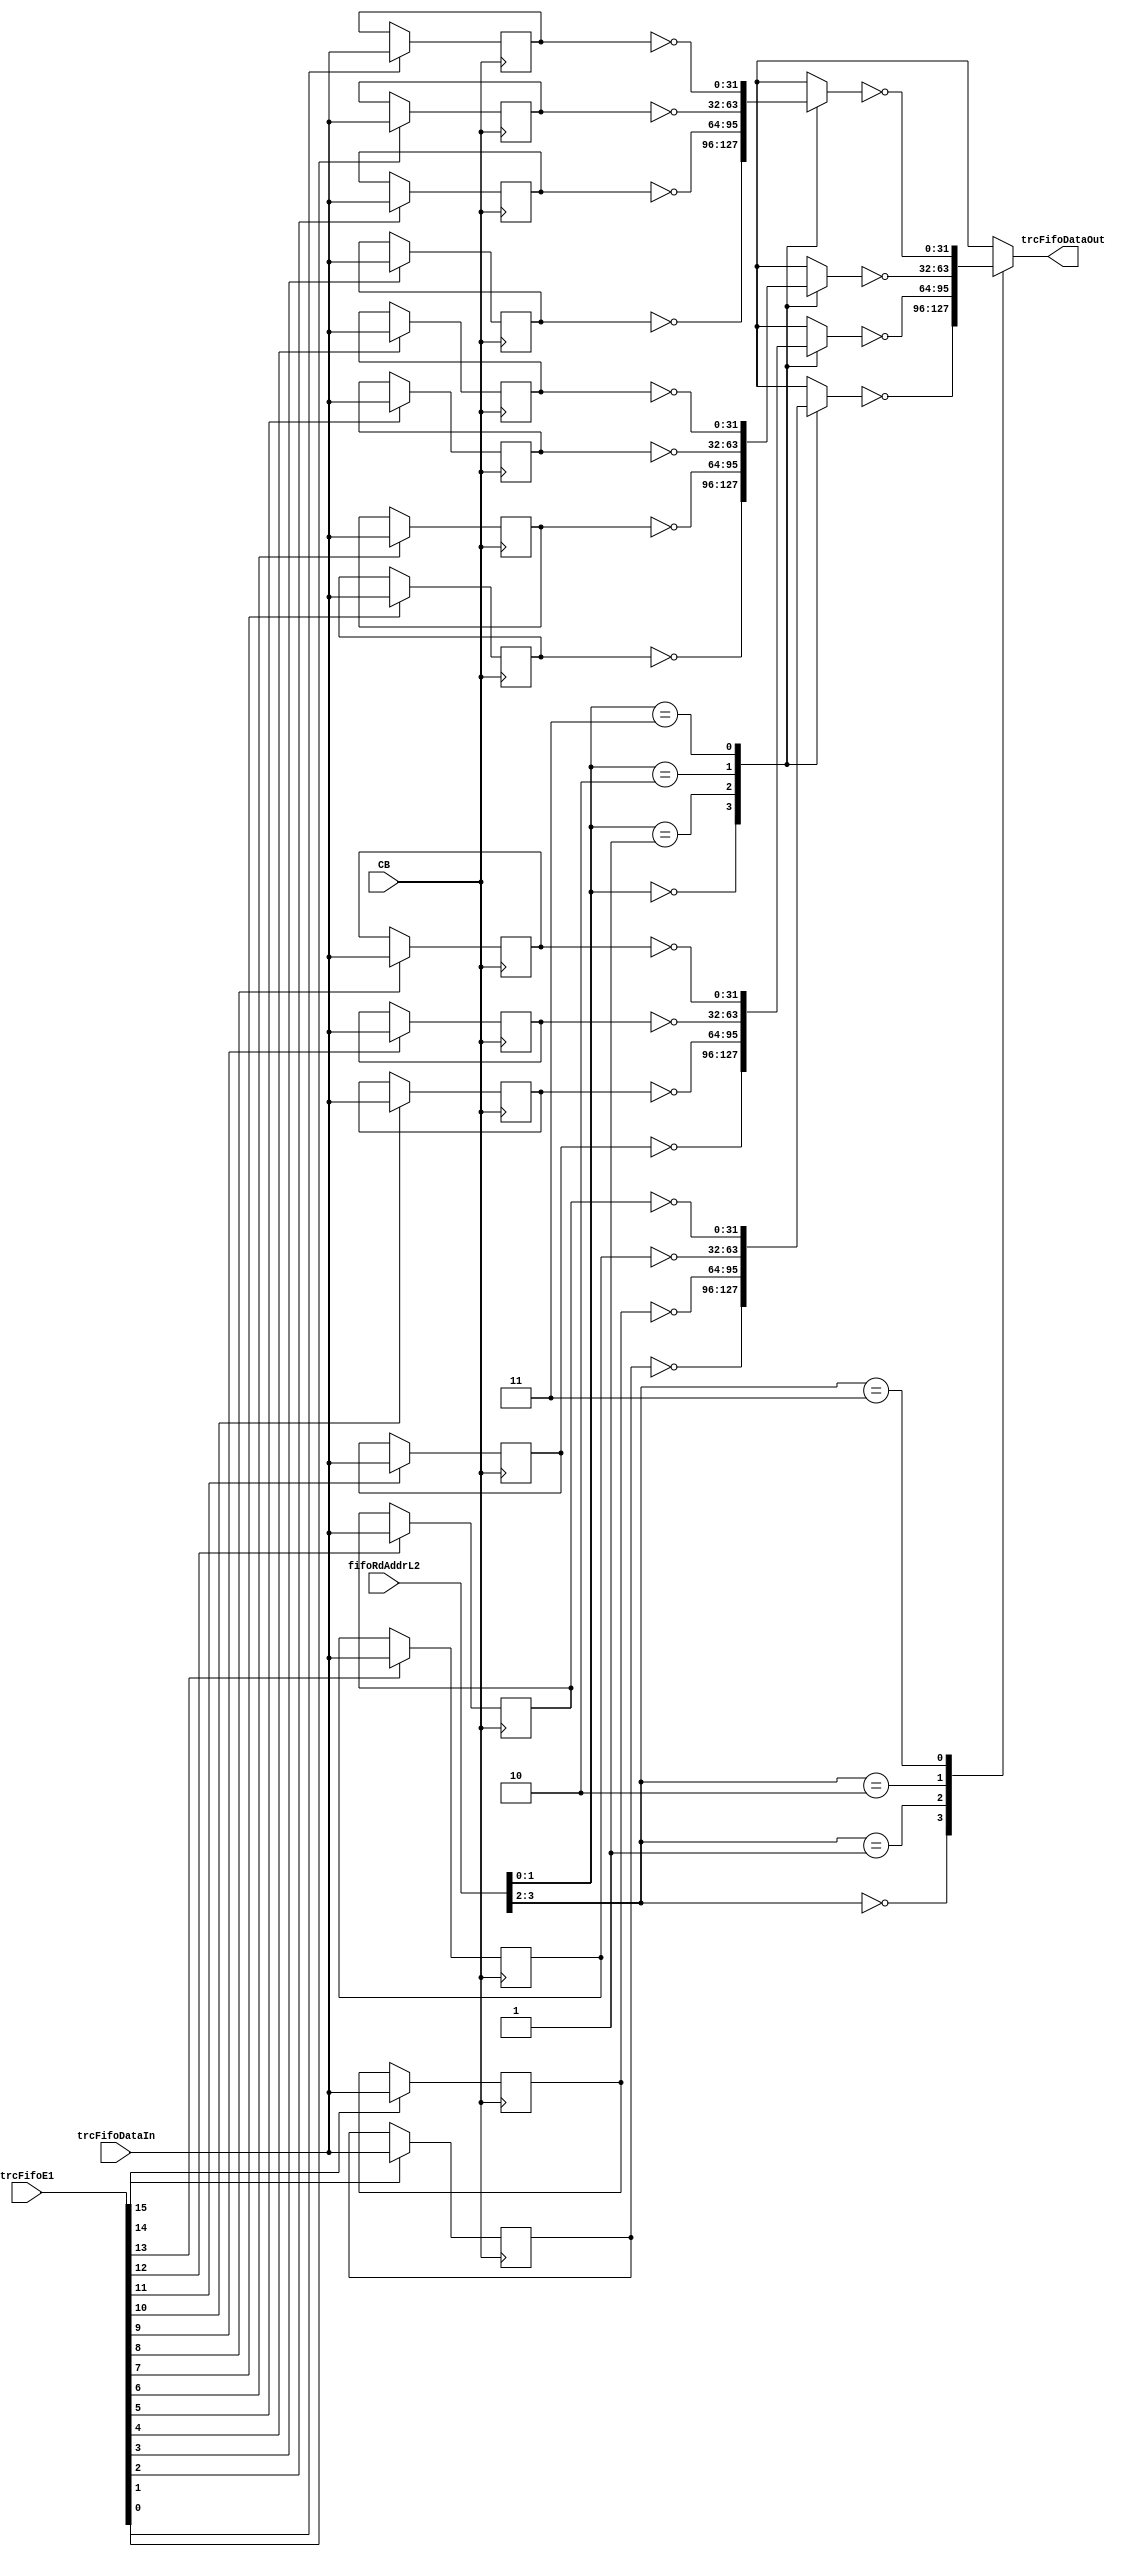
// 
// ************************************************************************** 
// 
//  Copyright (c) International Business Machines Corporation, 2005. 
// 
//  This file contains trade secrets and other proprietary and confidential 
//  information of International Business Machines Corporation which are 
//  protected by copyright and other intellectual property rights and shall 
//  not be reproduced, transferred to other documents, disclosed to others, 
//  or used for any purpose except as specifically authorized in writing by 
//  International Business Machines Corporation. This notice must be 
//  contained as part of this text at all times. 
// 
// ************************************************************************** 
//

module p405s_trcFIFO( trcFifoDataOut, CB, fifoRdAddrL2, 
     trcFifoDataIn, trcFifoE1 );

output [0:31]  trcFifoDataOut;


input [0:31]  trcFifoDataIn;
input [0:3]   fifoRdAddrL2;
input [0:15]  trcFifoE1;
input         CB;

// Buses in the design

reg  [0:31]  trcFifoDataOut_i;

reg  [0:31]  fifoMux4;

reg  [0:31]  fifoMux3;

reg  [0:31]  fifoMux2;

reg  [0:31]  fifoMux1;

reg   [0:31]  fifoLine15Out;

reg   [0:31]  fifoLine14Out;

reg   [0:31]  fifoLine13Out;

reg   [0:31]  fifoLine12Out;

reg   [0:31]  fifoLine0Out;

reg   [0:31]  fifoLine10Out;

reg   [0:31]  fifoLine9Out;

reg   [0:31]  fifoLine4Out;

reg   [0:31]  fifoLine8Out;

reg   [0:31]  fifoLine6Out;

reg   [0:31]  fifoLine5Out;

reg   [0:31]  fifoLine3Out;

reg   [0:31]  fifoLine2Out;

reg   [0:31]  fifoLine1Out;

reg   [0:31]  fifoLine11Out;

reg   [0:31]  fifoLine7Out;

wire   [0:31]  fifoDataInBuf;

assign trcFifoDataOut = trcFifoDataOut_i;

//Removed the module dp_logTRC_fifoDataInBuf 
assign fifoDataInBuf = trcFifoDataIn;

//Removed the module dp_logTRC_fifoAclkBuf 

//Removed the module dp_muxTRC_fifo5 
always @(fifoRdAddrL2 or fifoMux1 or fifoMux2 or fifoMux3 or fifoMux4) 
  begin:  dp_muxTRC_fifo5_PROC					    
    case(fifoRdAddrL2[0:1])    		    	  
     2'b00: trcFifoDataOut_i = ~fifoMux1;   
     2'b01: trcFifoDataOut_i = ~fifoMux2;   
     2'b10: trcFifoDataOut_i = ~fifoMux3;   
     2'b11: trcFifoDataOut_i = ~fifoMux4;   
      default: trcFifoDataOut_i = 32'bx;   
    endcase // dp_muxTRC_fifo5_PROC                                 
  end                                         

//Removed the module dp_muxTRC_fifo4 
always @(fifoRdAddrL2 or fifoLine12Out or fifoLine13Out or fifoLine14Out or fifoLine15Out) 
  begin:  dp_muxTRC_fifo4_PROC					    
    case(fifoRdAddrL2[2:3])    		    	  
     2'b00:  fifoMux4 = ~fifoLine12Out;   
     2'b01:  fifoMux4 = ~fifoLine13Out;   
     2'b10:  fifoMux4 = ~fifoLine14Out;   
     2'b11:  fifoMux4 = ~fifoLine15Out;   
      default:  fifoMux4 = 32'bx;   
    endcase // dp_muxTRC_fifo4_PROC                                 
  end                                         


//Removed the module dp_regTRC_fifoLine15 
always @(posedge CB)
  begin: dp_regTRC_fifoLine15_PROC
    if (trcFifoE1[15])
      fifoLine15Out <= fifoDataInBuf;
  end // dp_regTRC_fifoLine15_PROC

//Removed the module dp_regTRC_fifoLine14 
always @(posedge CB)
  begin: dp_regTRC_fifoLine14_PROC
    if (trcFifoE1[14])
      fifoLine14Out <= fifoDataInBuf;
  end // dp_regTRC_fifoLine14_PROC

//Removed the module dp_regTRC_fifoLine13 
always @(posedge CB)
  begin: dp_regTRC_fifoLine13_PROC
    if (trcFifoE1[13])
      fifoLine13Out <= fifoDataInBuf;
  end // dp_regTRC_fifoLine13_PROC

//Removed the module dp_regTRC_fifoLine12 
always @(posedge CB)
  begin: dp_regTRC_fifoLine12_PROC
    if (trcFifoE1[12])
      fifoLine12Out <= fifoDataInBuf;
  end // dp_regTRC_fifoLine12_PROC

//Removed the module dp_regTRC_fifoLine11 
always @(posedge CB)
  begin: dp_regTRC_fifoLine11_PROC
    if (trcFifoE1[11])
      fifoLine11Out <= fifoDataInBuf;
  end // dp_regTRC_fifoLine11_PROC

//Removed the module dp_regTRC_fifoLine10 
always @(posedge CB)
  begin: dp_regTRC_fifoLine10_PROC
    if (trcFifoE1[10])
      fifoLine10Out <= fifoDataInBuf;
  end // dp_regTRC_fifoLine10_PROC

//Removed the module dp_regTRC_fifoLine9 
always @(posedge CB)
  begin: dp_regTRC_fifoLine9_PROC
    if (trcFifoE1[9])
      fifoLine9Out <= fifoDataInBuf;
  end // dp_regTRC_fifoLine9_PROC

//Removed the module dp_regTRC_fifoLine8 
always @(posedge CB)
  begin: dp_regTRC_fifoLine8_PROC
    if (trcFifoE1[8])
      fifoLine8Out <= fifoDataInBuf;
  end // dp_regTRC_fifoLine8_PROC

//Removed the module dp_muxTRC_fifo3 
always @(fifoRdAddrL2 or fifoLine8Out or fifoLine9Out or fifoLine10Out or fifoLine11Out) 
  begin:  dp_muxTRC_fifo3_PROC					    
    case(fifoRdAddrL2[2:3])    		    	  
     2'b00:  fifoMux3 = ~fifoLine8Out;   
     2'b01:  fifoMux3 = ~fifoLine9Out;   
     2'b10:  fifoMux3 = ~fifoLine10Out;   
     2'b11:  fifoMux3 = ~fifoLine11Out;   
      default:  fifoMux3 = 32'bx;   
    endcase // dp_muxTRC_fifo3_PROC                                 
  end                                         

//Removed the module dp_muxTRC_fifo2 
always @(fifoRdAddrL2 or fifoLine4Out or fifoLine5Out or fifoLine6Out or fifoLine7Out) 
  begin:  dp_muxTRC_fifo2_PROC					    
    case(fifoRdAddrL2[2:3])    		    	  
     2'b00:  fifoMux2 = ~fifoLine4Out;   
     2'b01:  fifoMux2 = ~fifoLine5Out;   
     2'b10:  fifoMux2 = ~fifoLine6Out;   
     2'b11:  fifoMux2 = ~fifoLine7Out;   
      default:  fifoMux2 = 32'bx;   
    endcase // dp_muxTRC_fifo2_PROC                                 
  end                                         

//Removed the module dp_muxTRC_fifo1 
always @(fifoRdAddrL2 or fifoLine0Out or fifoLine1Out or fifoLine2Out or fifoLine3Out) 
  begin:  dp_muxTRC_fifo1_PROC					    
    case(fifoRdAddrL2[2:3])    		    	  
     2'b00:  fifoMux1 = ~fifoLine0Out;   
     2'b01:  fifoMux1 = ~fifoLine1Out;   
     2'b10:  fifoMux1 = ~fifoLine2Out;   
     2'b11:  fifoMux1 = ~fifoLine3Out;   
      default:  fifoMux1 = 32'bx;   
    endcase // dp_muxTRC_fifo1_PROC                                 
  end                                         

//Removed the module dp_regTRC_fifoLine7 
always @(posedge CB)
  begin: dp_regTRC_fifoLine7_PROC
    if (trcFifoE1[7])
      fifoLine7Out <= fifoDataInBuf;
  end // dp_regTRC_fifoLine7_PROC

//Removed the module dp_regTRC_fifoLine6 
always @(posedge CB)
  begin: dp_regTRC_fifoLine6_PROC
    if (trcFifoE1[6])
      fifoLine6Out <= fifoDataInBuf;
  end // dp_regTRC_fifoLine6_PROC

//Removed the module dp_regTRC_fifoLine5 
always @(posedge CB)
  begin: dp_regTRC_fifoLine5_PROC
    if (trcFifoE1[5])
      fifoLine5Out <= fifoDataInBuf;
  end // dp_regTRC_fifoLine5_PROC

//Removed the module dp_regTRC_fifoLine4 
always @(posedge CB)
  begin: dp_regTRC_fifoLine4_PROC
    if (trcFifoE1[4])
      fifoLine4Out <= fifoDataInBuf;
  end // dp_regTRC_fifoLine4_PROC

//Removed the module dp_regTRC_fifoLine3 
always @(posedge CB)
  begin: dp_regTRC_fifoLine3_PROC
    if (trcFifoE1[3])
      fifoLine3Out <= fifoDataInBuf;
  end // dp_regTRC_fifoLine3_PROC

//Removed the module dp_regTRC_fifoLine2 
always @(posedge CB)
  begin: dp_regTRC_fifoLine2_PROC
    if (trcFifoE1[2])
      fifoLine2Out <= fifoDataInBuf;
  end // dp_regTRC_fifoLine2_PROC

//Removed the module dp_regTRC_fifoLine1 
always @(posedge CB)
  begin: dp_regTRC_fifoLine1_PROC
    if (trcFifoE1[1])
      fifoLine1Out <= fifoDataInBuf;
  end // dp_regTRC_fifoLine1_PROC

//Removed the module dp_regTRC_fifoLine0 
always @(posedge CB)
  begin: dp_regTRC_fifoLine0_PROC
    if (trcFifoE1[0])
      fifoLine0Out <= fifoDataInBuf;
  end // dp_regTRC_fifoLine0_PROC


endmodule